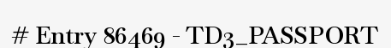
# Entry 86469 - TD3_PASSPORT